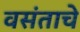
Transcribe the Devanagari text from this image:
वसंताचे